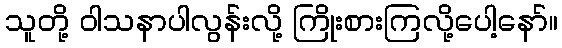
သူတို့ ဝါသနာပါလွန်းလို့ ကြိုးစားကြလို့ပေါ့နော်။